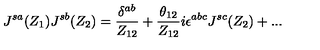
J ^ { s a } ( Z _ { 1 } ) J ^ { s b } ( Z _ { 2 } ) = \frac { \delta ^ { a b } } { Z _ { 1 2 } } + \frac { \theta _ { 1 2 } } { Z _ { 1 2 } } i \epsilon ^ { a b c } J ^ { s c } ( Z _ { 2 } ) + . . .